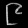
Digit: ၉